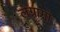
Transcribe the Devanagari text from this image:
लेग्नागो